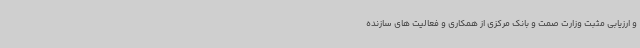
و ارزیابی مثبت وزارت صمت و بانک مرکزی از همکاری و فعالیت های سازنده